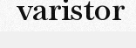
varistor